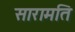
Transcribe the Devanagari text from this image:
सारामति